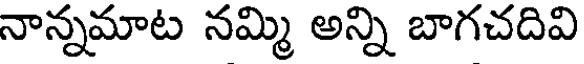
నాన్నమాట నమ్మి అన్ని బాగచదివి